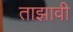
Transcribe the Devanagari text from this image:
ताझावी